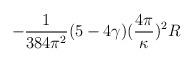
LaTeX: \begin{align*}-\frac{1}{384\pi^2}(5-4\gamma) (\frac{4\pi}{\kappa})^2 R\end{align*}